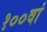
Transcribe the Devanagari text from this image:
१००वां